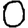
Digit: 0